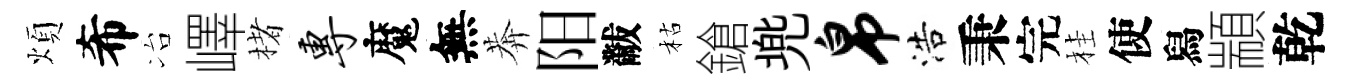
煩希冶嶧楮专魔無莾阳黻枯鎗兠帛浩秉完桂使舄顓乾